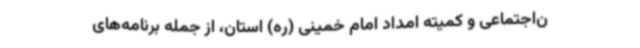
ن‌اجتماعی و کمیته امداد امام خمینی (ره) استان، از جمله برنامه‌های